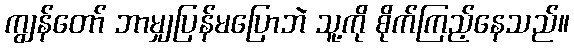
ကျွန်တော် ဘာမျှပြန်မပြောဘဲ သူ့ကို စိုက်ကြည့်နေသည်။